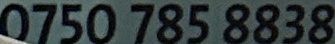
0750 785 8838